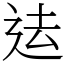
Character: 迲